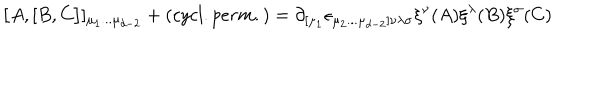
\bigl \lbrack A , \lbrack B , C \bigr \rbrack \rbrack _ { \mu _ { 1 } . . . \mu _ { d - 2 } } + ( c y c l . p e r m . ) = \partial _ { \lbrack \mu _ { 1 } } \epsilon _ { \mu _ { 2 } . . . \mu _ { d - 2 } \rbrack \nu \lambda \sigma } \xi ^ { \nu } ( A ) \xi ^ { \lambda } ( B ) \xi ^ { \sigma } ( C )